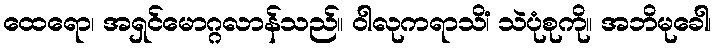
ထေရော၊ အရှင်မောဂ္ဂလာန်သည်။ ဝါလုကရာသိံ၊ သဲပုံစုကို။ အဘိမုခေါ၊